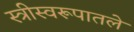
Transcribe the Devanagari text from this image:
स्त्रीस्वरूपातले